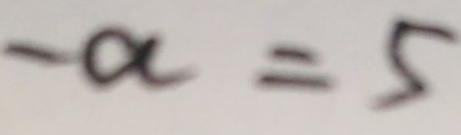
- a = 5